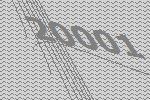
20001